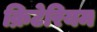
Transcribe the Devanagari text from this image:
क्रिटेरियम